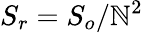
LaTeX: S_{r}=S_{o}/\mathbb{N}^{2}